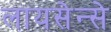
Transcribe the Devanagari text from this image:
लायसेन्से